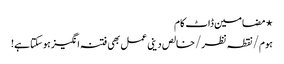
⋆ مضامین ڈاٹ کام
ہوم/نقطہ نظر/خالص دینی عمل بھی فتنہ انگیز ہوسکتا ہے!